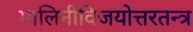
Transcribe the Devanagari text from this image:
मालिनीविजयोत्तरतन्त्र